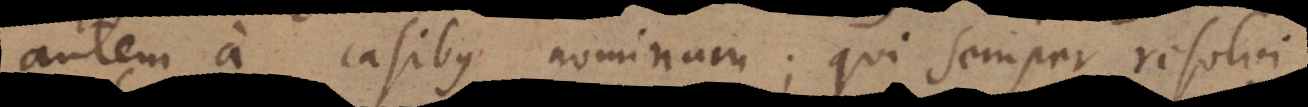
autem a casibus nominum; qui semper resolvi